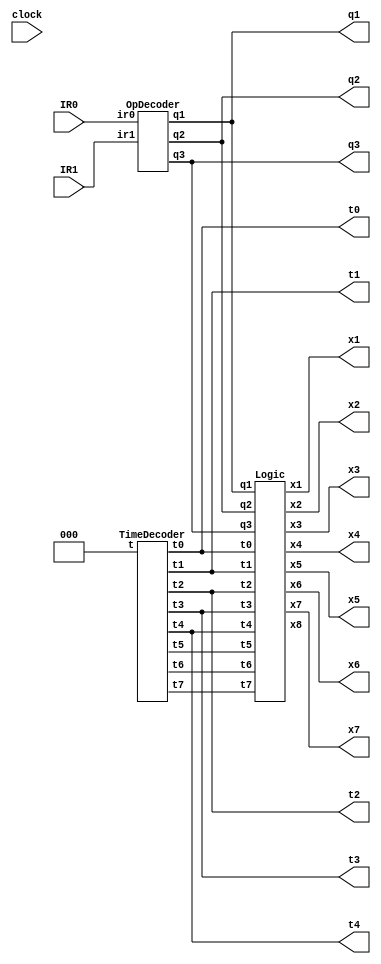
`timescale 1ns / 1ps

module computer(
        input IR0, IR1, clock,
        output t0, t1, t2, t3, t4, x1, x2, x3, x4, x5, x6, x7, q1, q2, q3
    );
    reg SysClk = 0;
    reg [7:0] mem[0:8], MAR, MBR, IR, A, R, PC;
    reg [2:0] T;

    wire t5, t6, t7, x8;
    reg reset;

    OpDecoder opl(IR0, IR1, q1, q2, q3);
    TimeDecoder tmr1(T, t0, t1, t2, t3, t4, t5, t6, t7);
    Logic log1(q1, q2, q3, t0, t1, t2, t3, t4, t5, t6, t7, x1, x2, x3, x4, x5, x6, x7, x8);

    always @(reset)
    begin
        SysClk = 0;
        MAR = 0;
        MBR = 0;
        PC = 8'b00000000;
        IR = 0;
        A = 0;
        R = 0;
        T = 0;
    end

    always @(posedge x1 or posedge x2)
        if (x1)
            MAR = PC;
        else
            MAR = MBR;

    always @(posedge x3) PC = PC + 1;

    always @(posedge x4) MBR = mem[MAR];

    always @(posedge x5 or posedge x6)
        if (x5)
            A = MBR;
        else
            A = R;

    always @(posedge x7) T = 3'b000;

    always @(posedge SysClk)
        if (!x7)
            T = T + 1;

    always @(posedge x8) IR = MBR;

    reg [25:0]count=0;

    always @(posedge clock)
    begin
        count<=count+1;
        if(count==50_000_000)
        begin
            count<=0;
            SysClk<=~SysClk;
        end
    end

    initial
    begin
        reset = 1;
        #10;
        reset = 0;
    end
endmodule
//-----------------------------------------------------------------------
//-----------------------------------------------------------------------
module OpDecoder(ir0, ir1, q1, q2, q3);
    input ir0, ir1;
    output q1, q2, q3;
    wire q1 = ir0 & !ir1,
         q2 = ir1 & !ir0,
         q3 = ir0 & ir1;
endmodule
//----------------------------------------------------------------------
//----------------------------------------------------------------------
module TimeDecoder(t, t0, t1, t2, t3, t4, t5, t6, t7);
    output t0, t1, t2, t3, t4, t5, t6, t7;
    input wire [2:0] t;
    assign
        t0 = ~t[2] & ~t[1] & ~t[0],
        t1 = ~t[2] & ~t[1] & t[0],
        t2 = ~t[2] & t[1] & ~t[0],
        t3 = ~t[2] & t[1] & t[0],
        t4 = t[2] & ~t[1] & ~t[0],
        t5 = t[2] & ~t[1] & t[0],
        t6 = t[2] & t[1] & ~t[0],
        t7 = t[2] & t[1] & t[0];
endmodule
//---------------------------------------------------------------------
//---------------------------------------------------------------------
module Logic(q1, q2, q3, t0, t1, t2, t3, t4, t5, t6, t7, x1, x2, x3, x4, x5, x6, x7, x8);
    input q1, q2, q3, t0, t1, t2, t3, t4, t5, t6, t7;
    output x1, x2, x3, x4, x5, x6, x7, x8;
    wire #100 x1 = t0 | (q2 & t3) | (q3 & t3),
         x2 = q3 & t5,
         x3 = t1 | (q2 & t4) | (q3 & t4),
         x4 = t1 | (q2 & t4) | (q3 & t4) | (q3 & t6),
         x5 = (q2 & t5) | (q3 & t7),
         x6 = q1 & t3,
         x7 = (q2 & t5) | (q3 & t7) | (q1 & t3),
         x8 = t2;
endmodule